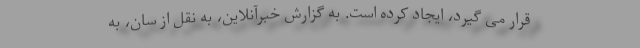
قرار می گیرد، ایجاد کرده است. به گزارش خبرآنلاین، به نقل از سان، به